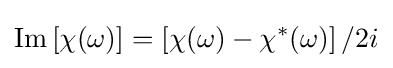
{\text{Im}}\left[\chi (\omega )\right]=\left[\chi (\omega )-\chi ^{*}(\omega )\right]/2i